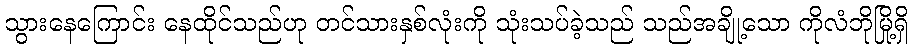
သွားနေကြောင်း နေထိုင်သည်ဟု တင်သားနှစ်လုံးကို သုံးသပ်ခဲ့သည် သည်အချို့သော ကိုလံဘိုမြို့ရှိ